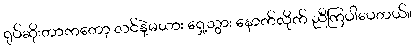
ရုပ်ဆိုးတာကတော့ လင်နဲ့မယား ရှေ့သွား နောက်လိုက် ညီကြပါပေတယ်။